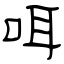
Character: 咡